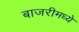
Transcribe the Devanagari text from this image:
बाजरीमध्ये